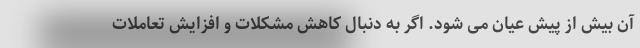
آن بیش از پیش عیان می شود. اگر به دنبال کاهش مشکلات و افزایش تعاملات